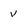
Character: v